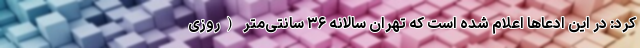
کرد: در این ادعاها اعلام شده است که تهران سالانه ۳۶ سانتی‌متر (روزی